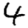
Digit: 4